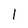
Character: l